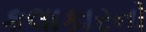
કલાકારનો